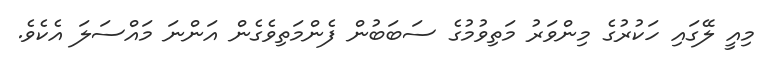
މިއީ ލޭގައި ހަކުރުގެ މިންވަރު މަތިވުމުގެ ސަބަބުން ފެންމަތިވެގެން އަންނަ މައްސަލަ އެކެވެ.